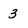
Character: 3